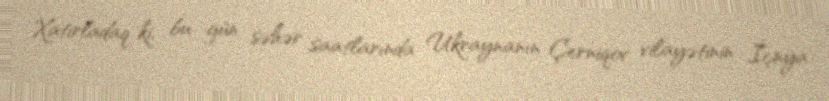
Xatırladaq ki, bu gün səhər saatlarında Ukraynanın Çerniqov vilayətinin İçnya